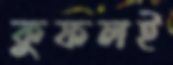
কুফলই